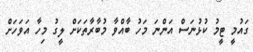
ގައުމީ ޓީމު ކުޅުނަސް އަންނަ މަހު ބާއްވާ މުބާރާތަކަށް ލީގު މިހާ އަވަހަށް